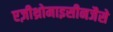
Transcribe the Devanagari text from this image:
एज़ीथ्रोमाइसीनजैसे